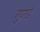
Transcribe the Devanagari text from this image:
गुणडे